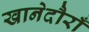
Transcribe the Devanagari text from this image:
खानेदौराँ